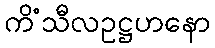
ကိံသီလဥဋ္ဌဟနော